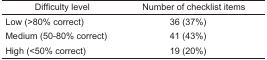
| Difficulty level | Number of checklist items |
 | --- | --- |
 | Low (>80% correct) | 36 (37%) |
 | Medium (50–80% correct) | 41 (43%) |
 | High (<50% correct) | 19 (20%) |